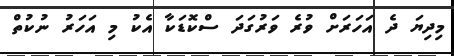
މިދިޔަ ދެ އަހަރަށް ވުރެ ވަރުގަދަ ސްކޮޑަކާ އެކު މި އަހަރު ނުކުތް